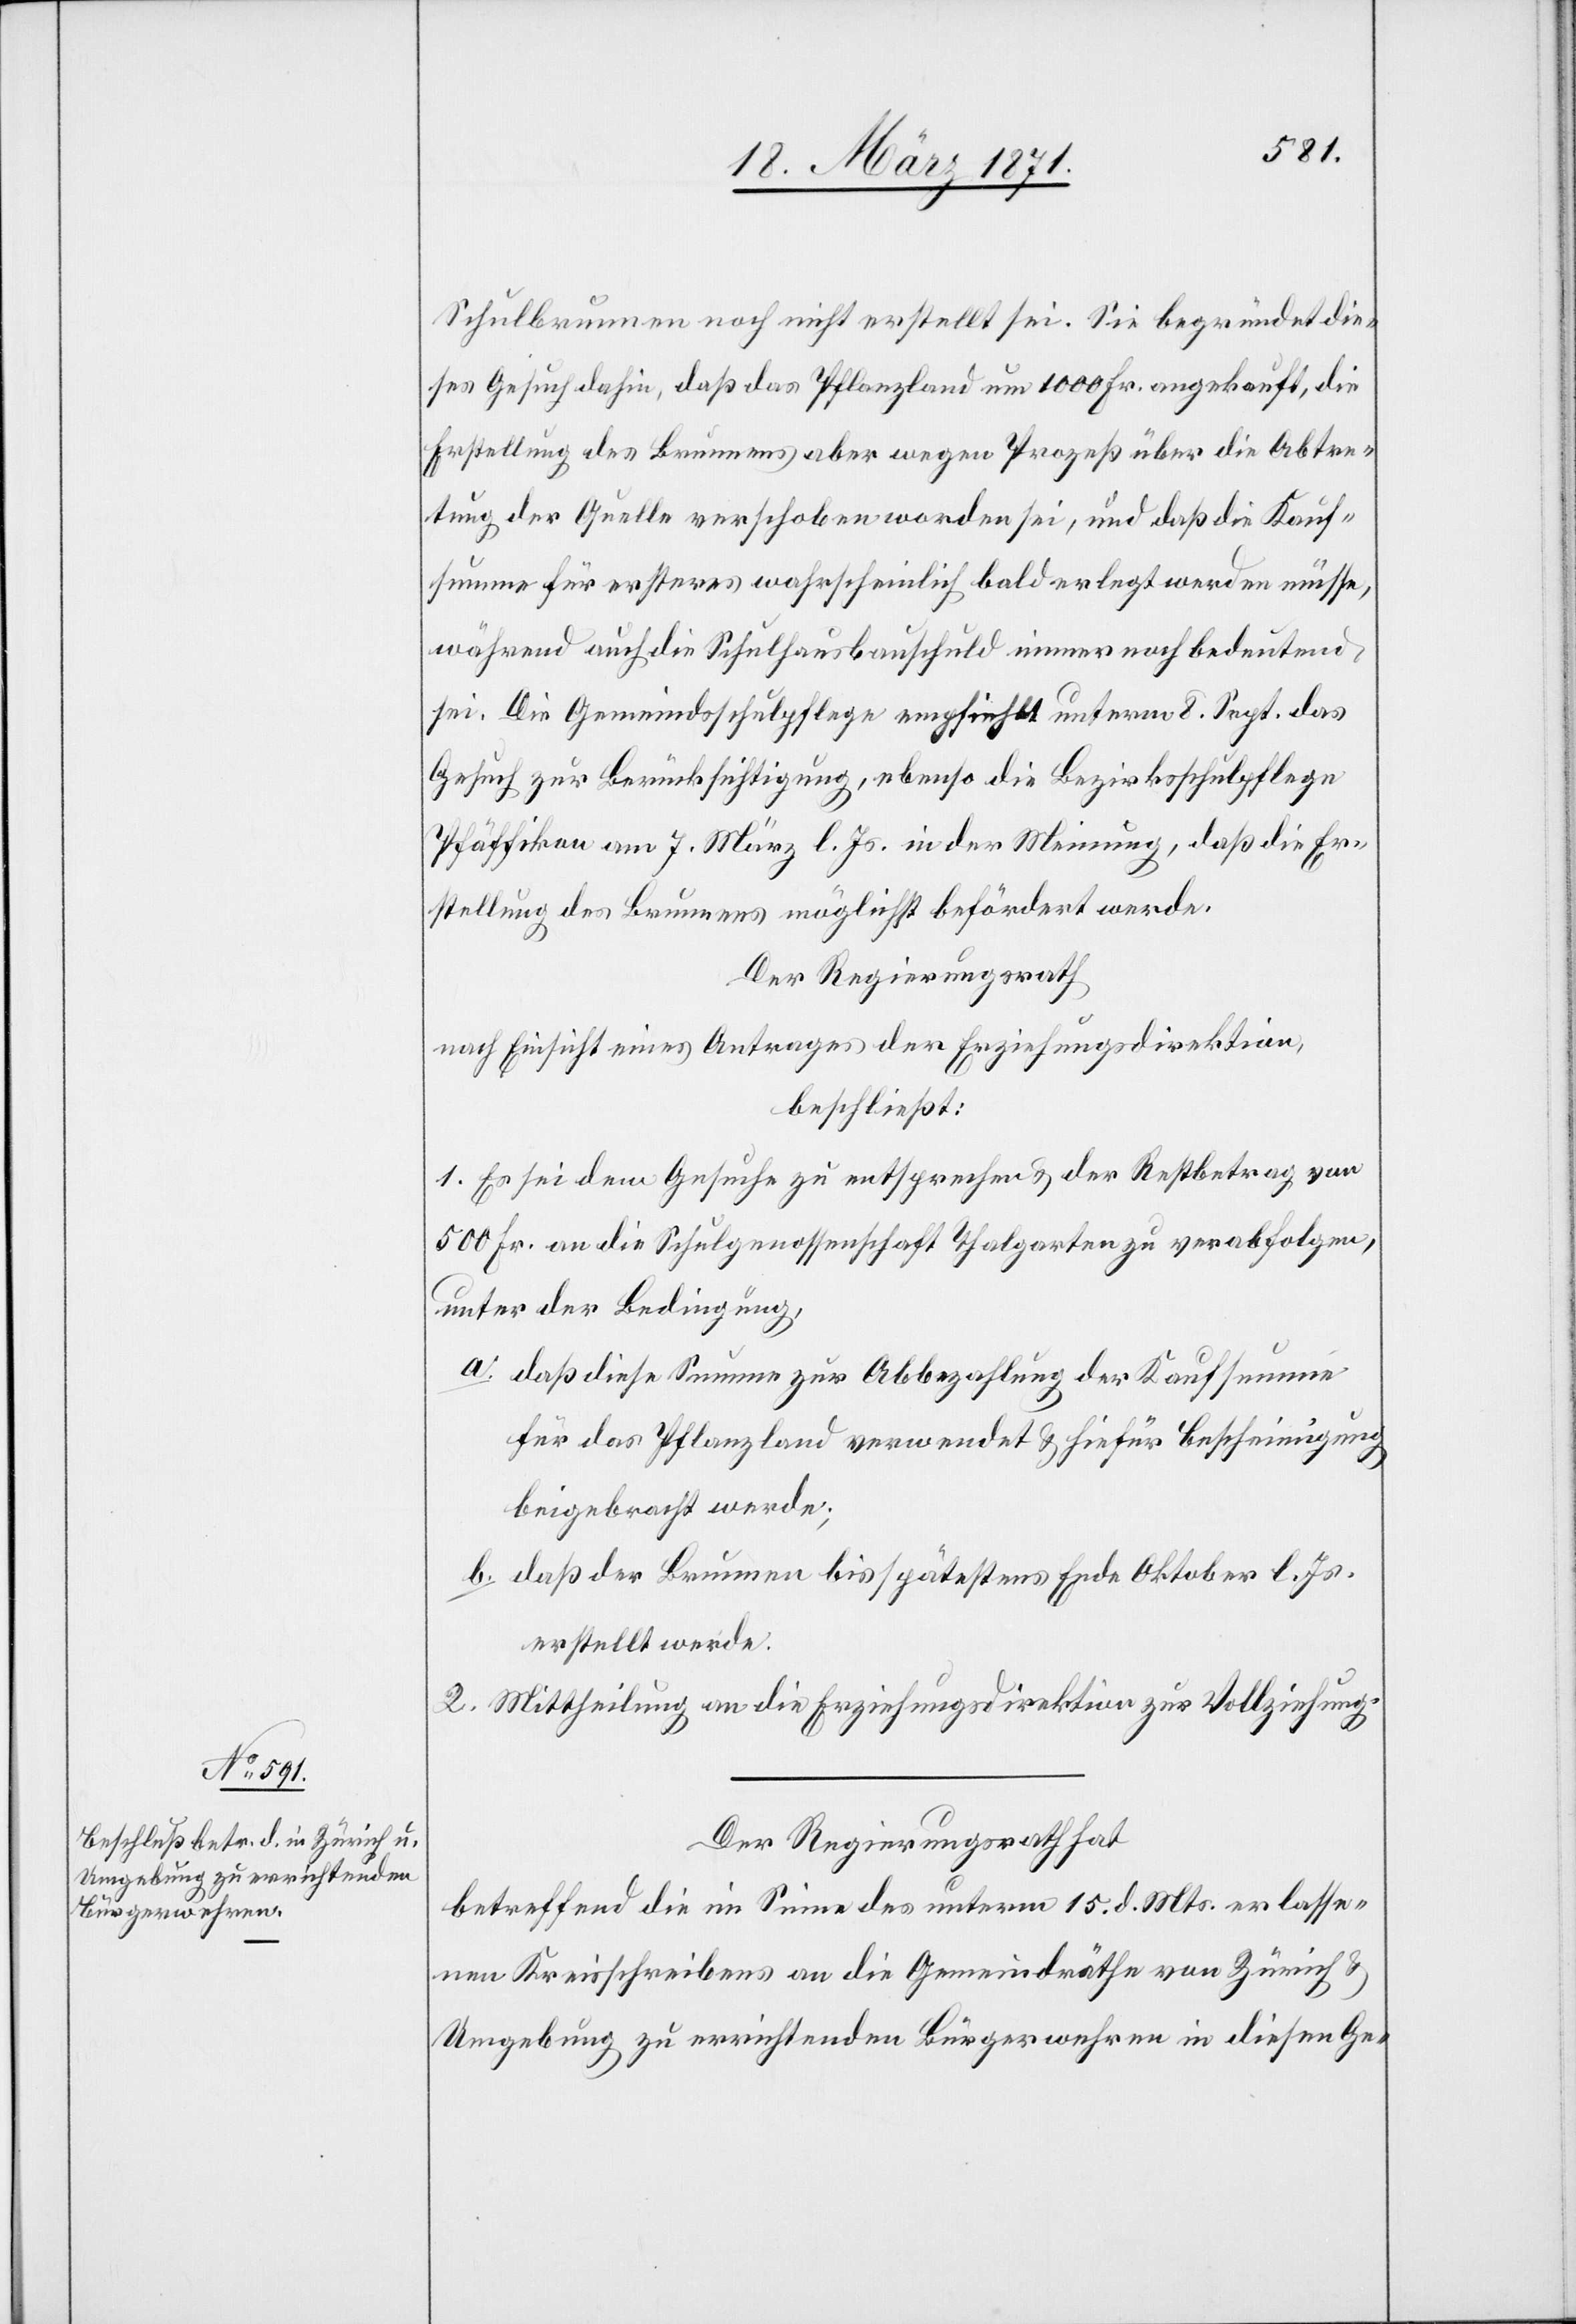
Schulbrunnen noch nicht erstellt sei. Sie begründet die¬
ses Gesuch dahin, daß das Pflanzland um 1000 Fr. angekauft, die
Erstellung des Brunnens aber wegen Prozeß über die Abtre¬
tung der Quelle verschoben worden sei, und daß die Kauf¬
summe für ersteres wahrscheinlich bald erlegt werden müsse,
während auch die Schulhausbauschuld immer noch bedeutend
sei. Die Gemeindschulpflege empfiehlt unterm 8. Sept. das
Gesuch zur Berücksichtigung, ebenso die Bezirksschulpflege
Pfäffikon am 7. März l. Js. in der Meinung, daß die Er¬
stellung des Brunnens möglichst befördert werde.
Der Regierungsrath
nach Einsicht eines Antrages der Erziehungsdirektion,
beschließt:
1. Es sei dem Gesuche zu entsprechen u. der Restbetrag von
500 Fr. an die Schulgenossenschaft Thalgarten zu verabfolgen,
unter der Bedingung,
a. daß diese Summe zur Abbezahlung der Kaufsumme
für das Pflanzland verwendet u. hiefür Bescheinigung
beigebracht werde;
b. daß der Brunnen bis spätestens Ende Oktober l. Js.
erstellt werde.
2. Mittheilung an die Erziehungsdirektion zur Vollziehung.
Der Regierungsrath hat
betreffend die im Sinne des unterm 15. d. Mts. erlasse¬
nen Kreisschreibens an die Gemeindräthe von Zürich u.
Umgebung zu errichtenden Bürgerwehren in diesen Ge-